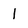
Character: l